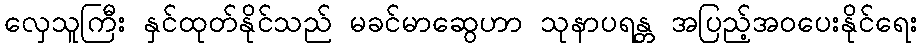
လှေသူကြီး နှင်ထုတ်နိုင်သည် မခင်မာဆွေဟာ သုနာပရန္တ အပြည့်အဝပေးနိုင်ရေး